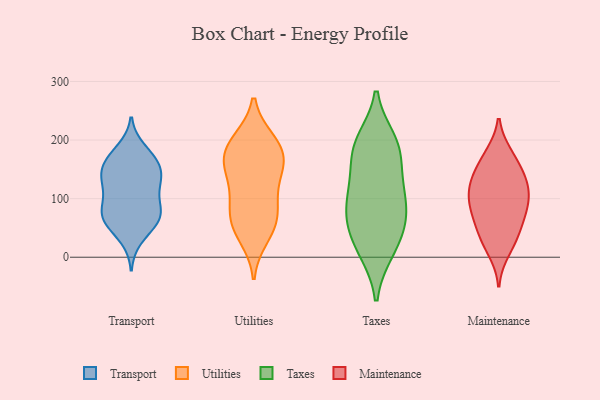
{"axis": {"x": "Production Output", "y": "Value"}, "legend": ["Maintenance", "Taxes", "Transport", "Utilities"], "data": [{"x": "", "y": 82, "type": "Transport"}, {"x": "", "y": 163, "type": "Transport"}, {"x": "", "y": 113, "type": "Transport"}, {"x": "", "y": 62, "type": "Transport"}, {"x": "", "y": 80, "type": "Transport"}, {"x": "", "y": 32, "type": "Transport"}, {"x": "", "y": 58, "type": "Transport"}, {"x": "", "y": 62, "type": "Transport"}, {"x": "", "y": 172, "type": "Transport"}, {"x": "", "y": 139, "type": "Transport"}, {"x": "", "y": 161, "type": "Transport"}, {"x": "", "y": 132, "type": "Transport"}, {"x": "", "y": 83, "type": "Transport"}, {"x": "", "y": 184, "type": "Transport"}, {"x": "", "y": 125, "type": "Transport"}, {"x": "", "y": 154, "type": "Transport"}, {"x": "", "y": 129, "type": "Transport"}, {"x": "", "y": 72, "type": "Transport"}, {"x": "", "y": 155, "type": "Utilities"}, {"x": "", "y": 170, "type": "Utilities"}, {"x": "", "y": 187, "type": "Utilities"}, {"x": "", "y": 152, "type": "Utilities"}, {"x": "", "y": 199, "type": "Utilities"}, {"x": "", "y": 56, "type": "Utilities"}, {"x": "", "y": 52, "type": "Utilities"}, {"x": "", "y": 199, "type": "Utilities"}, {"x": "", "y": 88, "type": "Utilities"}, {"x": "", "y": 72, "type": "Utilities"}, {"x": "", "y": 168, "type": "Utilities"}, {"x": "", "y": 100, "type": "Utilities"}, {"x": "", "y": 35, "type": "Utilities"}, {"x": "", "y": 129, "type": "Utilities"}, {"x": "", "y": 130, "type": "Taxes"}, {"x": "", "y": 12, "type": "Taxes"}, {"x": "", "y": 80, "type": "Taxes"}, {"x": "", "y": 198, "type": "Taxes"}, {"x": "", "y": 52, "type": "Taxes"}, {"x": "", "y": 11, "type": "Taxes"}, {"x": "", "y": 104, "type": "Taxes"}, {"x": "", "y": 177, "type": "Taxes"}, {"x": "", "y": 116, "type": "Taxes"}, {"x": "", "y": 49, "type": "Taxes"}, {"x": "", "y": 191, "type": "Taxes"}, {"x": "", "y": 74, "type": "Taxes"}, {"x": "", "y": 186, "type": "Taxes"}, {"x": "", "y": 94, "type": "Maintenance"}, {"x": "", "y": 79, "type": "Maintenance"}, {"x": "", "y": 32, "type": "Maintenance"}, {"x": "", "y": 33, "type": "Maintenance"}, {"x": "", "y": 51, "type": "Maintenance"}, {"x": "", "y": 11, "type": "Maintenance"}, {"x": "", "y": 69, "type": "Maintenance"}, {"x": "", "y": 120, "type": "Maintenance"}, {"x": "", "y": 133, "type": "Maintenance"}, {"x": "", "y": 97, "type": "Maintenance"}, {"x": "", "y": 127, "type": "Maintenance"}, {"x": "", "y": 154, "type": "Maintenance"}, {"x": "", "y": 175, "type": "Maintenance"}, {"x": "", "y": 126, "type": "Maintenance"}, {"x": "", "y": 172, "type": "Maintenance"}, {"x": "", "y": 89, "type": "Maintenance"}]}